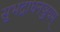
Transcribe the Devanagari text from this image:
सुभद्राधनञ्जयम्